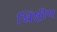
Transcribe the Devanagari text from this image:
ख्रिष्टीय